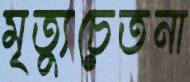
মৃত্যুচেতনা